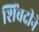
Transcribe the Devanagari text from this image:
शिंबदीने